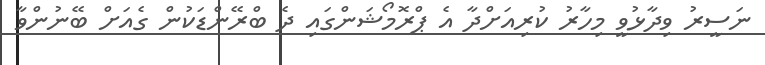
ނަސީރު ވިދާޅުވީ މިހާރު ކުރިއަށްދާ އެ ޕްރޮމޯޝަންގައި ދެ ބްރޭންޑަކުން ގެއަށް ބޭނުންވާ